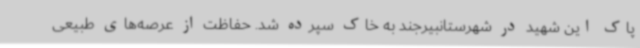
پاک این شهید در شهرستانبیرجند به خاک سپرده شد. حفاظت از عرصه‌های طبیعی